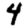
Digit: 4